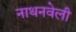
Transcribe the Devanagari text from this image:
नाथनवेली